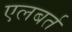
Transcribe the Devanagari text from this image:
एलबर्त